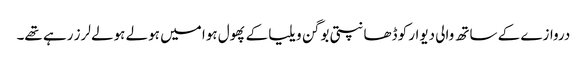
دروازے کے ساتھ والی دیوار کو ڈھانپتی بوگن ویلیا کے پھول ہوا میں ہولے ہولے لرز رہے تھے۔